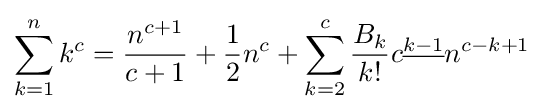
\sum _{k=1}^{n}k^{c}={\frac {n^{c+1}}{c+1}}+{\frac {1}{2}}n^{c}+\sum _{k=2}^{c}{\frac {B_{k}}{k!}}c^{\underline {k-1}}n^{c-k+1}